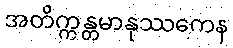
အတိက္ကန္တမာနုဿကေန